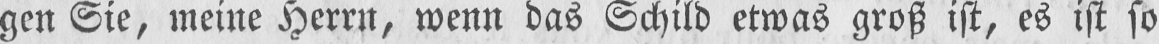
gen Sie, meine Herrn, wenn das Schild etwas groß ist, es ist so